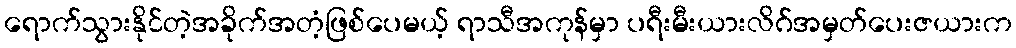
ရောက်သွားနိုင်တဲ့အခိုက်အတံ့ဖြစ်ပေမယ့် ရာသီအကုန်မှာ ပရီးမီးယားလိဂ်အမှတ်ပေးဇယားက